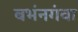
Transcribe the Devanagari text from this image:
बभंनगंवा